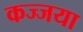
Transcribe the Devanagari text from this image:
कज्जया